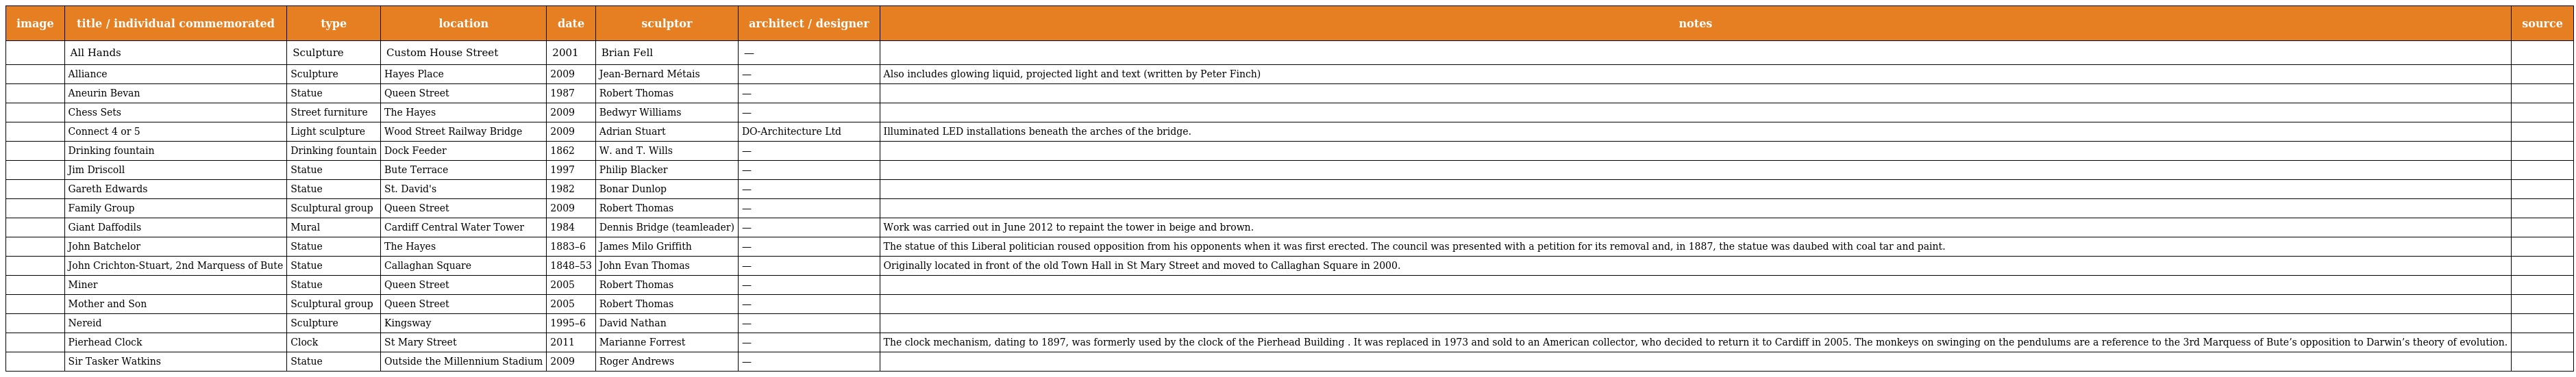
| image | title / individual commemorated | type | location | date | sculptor | architect / designer | notes | source |
 | --- | --- | --- | --- | --- | --- | --- | --- | --- |
 |  | All Hands | Sculpture | Custom House Street | 2001 | Brian Fell | — |  |  |
 |  | Alliance | Sculpture | Hayes Place | 2009 | Jean-Bernard Métais | — | Also includes glowing liquid, projected light and text (written by Peter Finch) |  |
 |  | Aneurin Bevan | Statue | Queen Street | 1987 | Robert Thomas | — |  |  |
 |  | Chess Sets | Street furniture | The Hayes | 2009 | Bedwyr Williams | — |  |  |
 |  | Connect 4 or 5 | Light sculpture | Wood Street Railway Bridge | 2009 | Adrian Stuart | DO-Architecture Ltd | Illuminated LED installations beneath the arches of the bridge. |  |
 |  | Drinking fountain | Drinking fountain | Dock Feeder | 1862 | W. and T. Wills | — |  |  |
 |  | Jim Driscoll | Statue | Bute Terrace | 1997 | Philip Blacker | — |  |  |
 |  | Gareth Edwards | Statue | St. David's | 1982 | Bonar Dunlop | — |  |  |
 |  | Family Group | Sculptural group | Queen Street | 2009 | Robert Thomas | — |  |  |
 |  | Giant Daffodils | Mural | Cardiff Central Water Tower | 1984 | Dennis Bridge (teamleader) | — | Work was carried out in June 2012 to repaint the tower in beige and brown. |  |
 |  | John Batchelor | Statue | The Hayes | 1883–6 | James Milo Griffith | — | The statue of this Liberal politician roused opposition from his opponents when it was first erected. The council was presented with a petition for its removal and, in 1887, the statue was daubed with coal tar and paint. |  |
 |  | John Crichton-Stuart, 2nd Marquess of Bute | Statue | Callaghan Square | 1848–53 | John Evan Thomas | — | Originally located in front of the old Town Hall in St Mary Street and moved to Callaghan Square in 2000. |  |
 |  | Miner | Statue | Queen Street | 2005 | Robert Thomas | — |  |  |
 |  | Mother and Son | Sculptural group | Queen Street | 2005 | Robert Thomas | — |  |  |
 |  | Nereid | Sculpture | Kingsway | 1995–6 | David Nathan | — |  |  |
 |  | Pierhead Clock | Clock | St Mary Street | 2011 | Marianne Forrest | — | The clock mechanism, dating to 1897, was formerly used by the clock of the Pierhead Building . It was replaced in 1973 and sold to an American collector, who decided to return it to Cardiff in 2005. The monkeys on swinging on the pendulums are a reference to the 3rd Marquess of Bute’s opposition to Darwin’s theory of evolution. |  |
 |  | Sir Tasker Watkins | Statue | Outside the Millennium Stadium | 2009 | Roger Andrews | — |  |  |